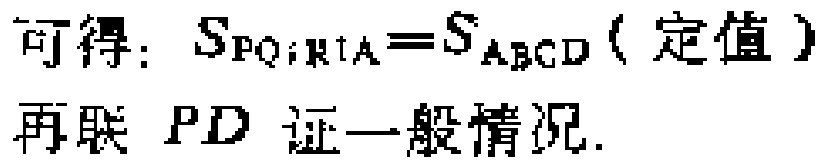
可得：$S_{PQRA}=S_{ABCD}$（定值）
再联 \(PD\) 证一般情况.